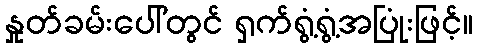
နှုတ်ခမ်းပေါ်တွင် ရှက်ရွံ့ရွံ့အပြုံးဖြင့်။